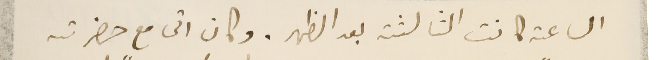
الساعة كانت الثالثة بعد الظهر. وكان اتى مع حضرته